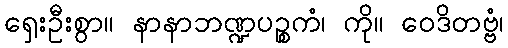
ရှေးဦးစွာ။ နာနာဘဏ္ဍပဉ္စကံ၊ ကို။ ဝေဒိတဗ္ဗံ၊